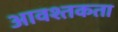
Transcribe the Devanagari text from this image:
आवश्तकता